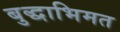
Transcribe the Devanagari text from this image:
बुद्धाभिमत